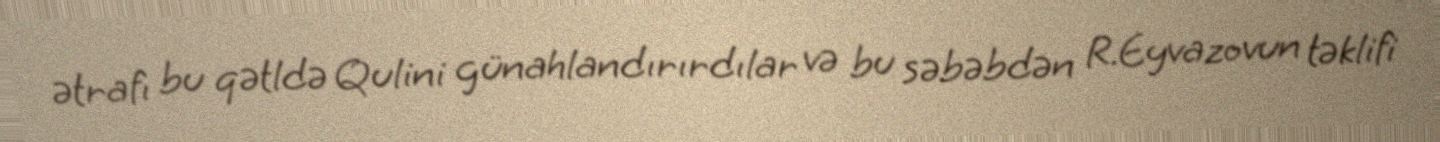
ətrafı bu qətldə Qulini günahlandırırdılar və bu səbəbdən R.Eyvazovun təklifi